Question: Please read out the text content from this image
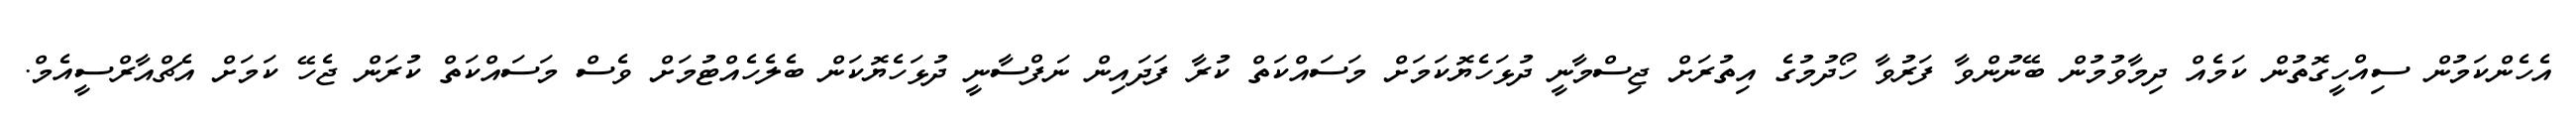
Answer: އެހެންކަމުން ސިއްހީގޮތުން ކަމެއް ދިމާވުމުން ބޭނުންވާ ފަރުވާ ހޯދުމުގެ އިތުރަށް ޖިސްމާނީ ދުޅަހެޔޮކަމަށް މަސައްކަތް ކުރާ ފަދައިން ނަފްސާނީ ދުޅަހެޔޮކަން ބެލެހެއްޓުމަށް ވެސް މަސައްކަތް ކުރަން ޖެހޭ ކަމަށް އެޗްއާރްސީއެމް.